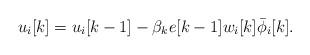
LaTeX: \begin{align*} u_i[k] = u_i[k-1] - \beta_k e[k-1] w_i[k] \bar{\phi}_i[k].\end{align*}